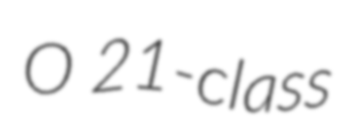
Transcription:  O 21-class